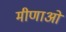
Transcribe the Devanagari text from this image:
मीणाओ